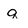
Character: q